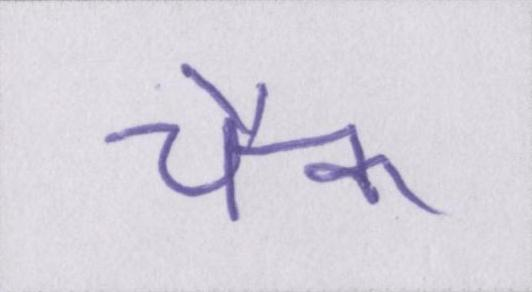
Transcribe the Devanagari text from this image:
चैक